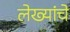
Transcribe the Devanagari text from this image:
लेख्यांचे